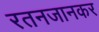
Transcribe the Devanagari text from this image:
रतनजानकर